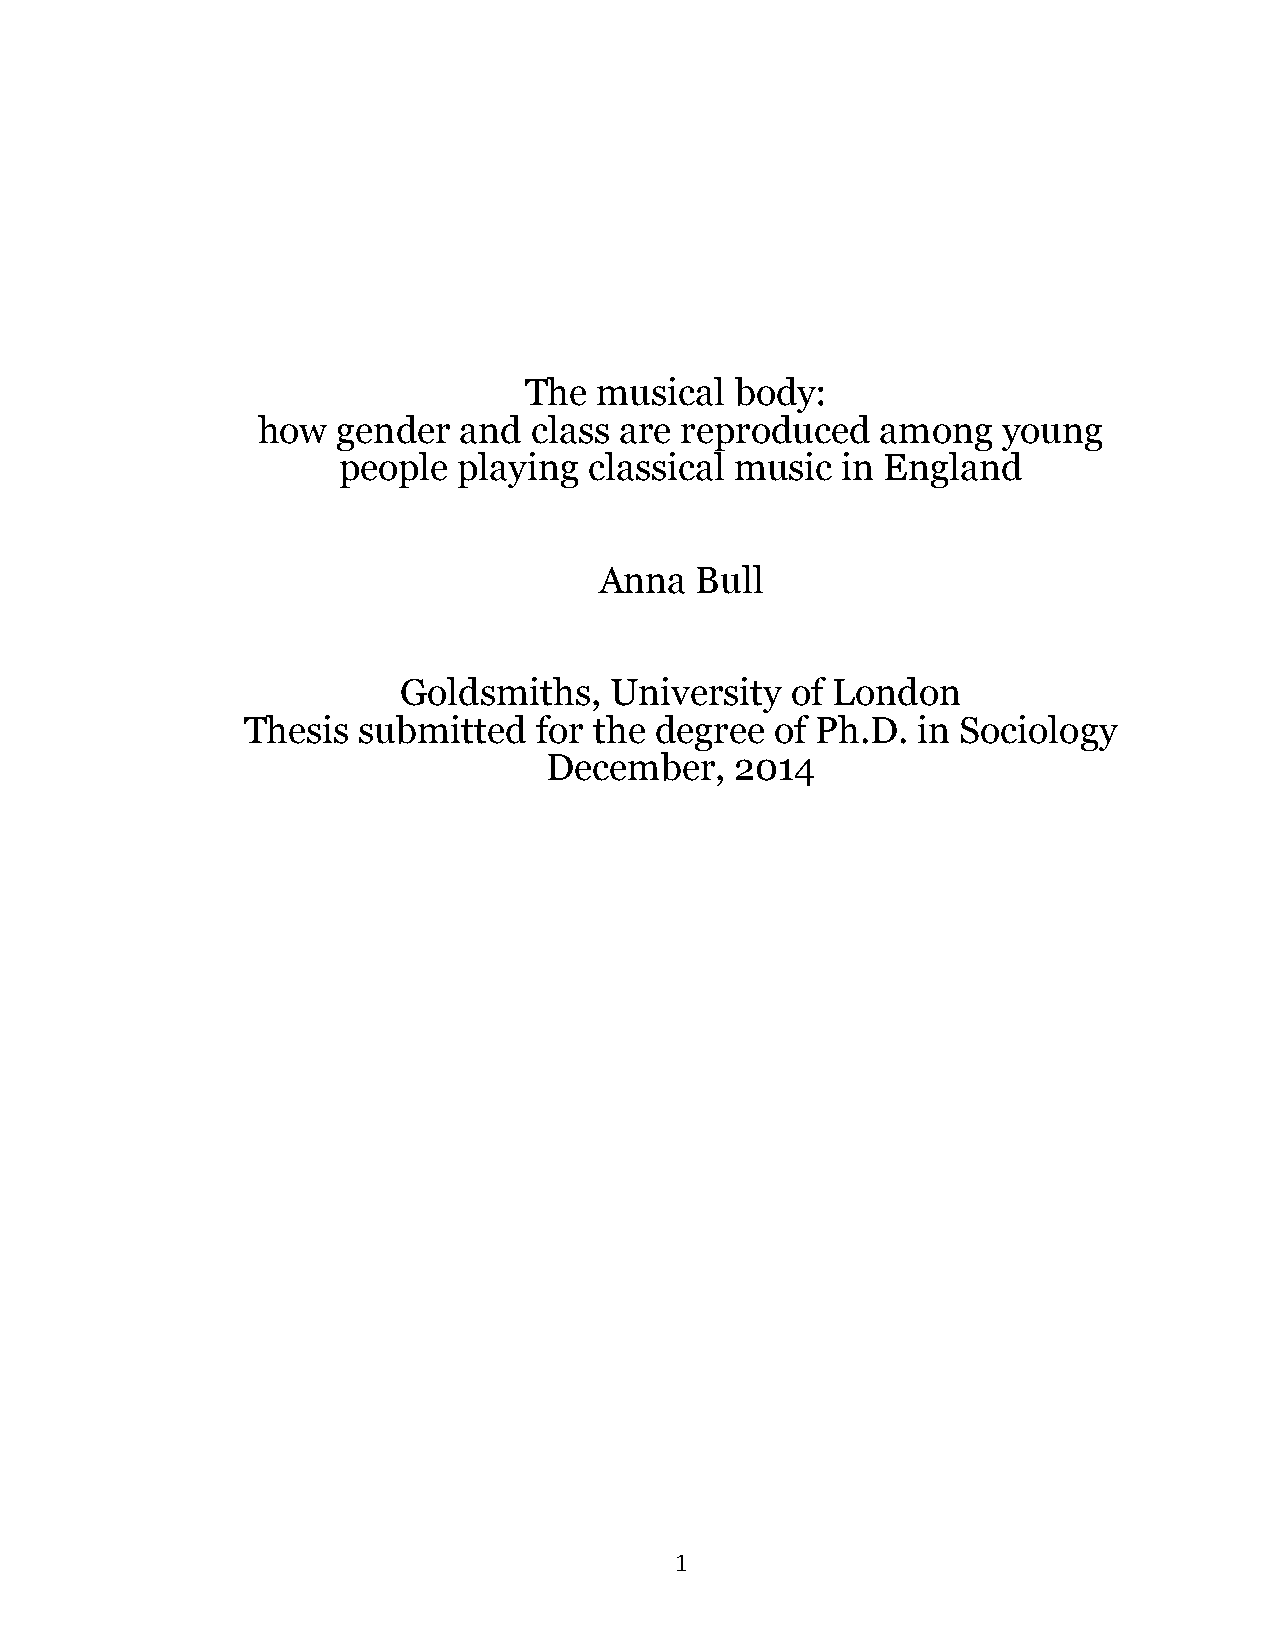
The  musical  body:
 how  gender  and  class are reproduced   among   young
 people  playing  classical music  in England
 Anna  Bull
 Goldsmiths,   University  of London
 Thesis  submitted  for the degree  of Ph.D.  in Sociology
 December,    2014
 1